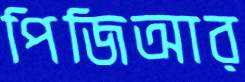
পিজিআর